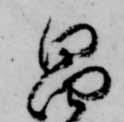
畠